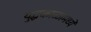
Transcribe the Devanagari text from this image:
युद्धकाळामध्ये